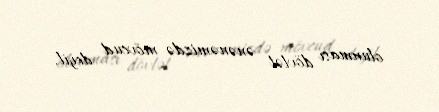
olunması dövlət ənənəmizdə mövcud deyil.